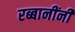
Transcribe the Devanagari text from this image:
रब्बानींनी